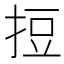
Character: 𢭃